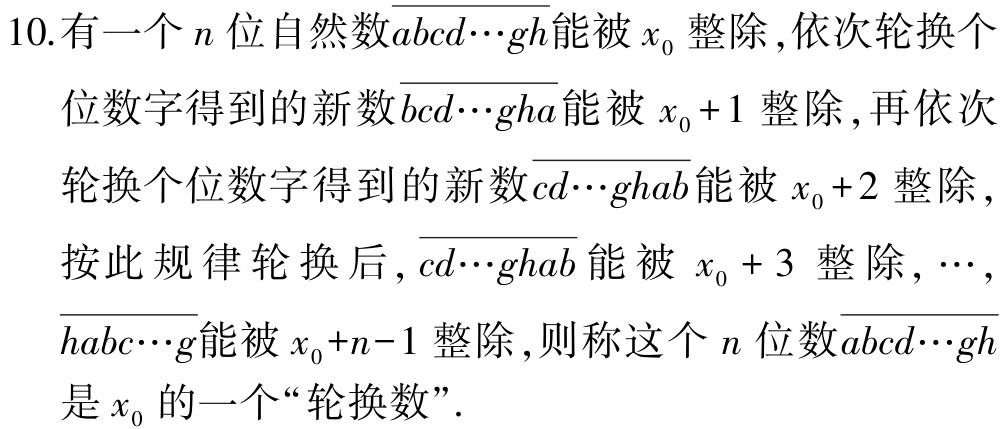
10. 有一个\(n\)位自然数\(\overline{abcd\cdots gh}\)能被\(x_{0}\)整除，依次轮换个位数字得到的新数\(\overline{bcd\cdots gha}\)能被\(x_{0}+1\)整除，再依次轮换个位数字得到的新数\(\overline{cd\cdots ghab}\)能被\(x_{0}+2\)整除，按此规律轮换后，\(\overline{cd\cdots ghab}\)能被\(x_{0}+3\)整除，\(\cdots\)，\(\overline{habc\cdots g}\)能被\(x_{0}+n - 1\)整除，则称这个\(n\)位数\(\overline{abcd\cdots gh}\)是\(x_{0}\)的一个“轮换数”.